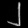
Digit: ၂